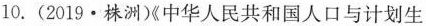
10. (2019·株洲《中华人民共和国人口与计划生